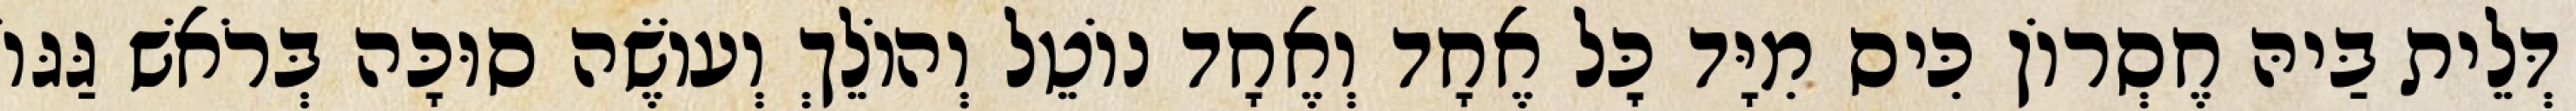
דְּלֵית בַּיהּ חֶסְרוֹן כִּיס מִיָּד כׇּל אֶחָד וְאֶחָד נוֹטֵל וְהוֹלֵךְ וְעוֹשֶׂה סוּכָּה בְּרֹאשׁ גַּגּוֹ